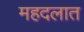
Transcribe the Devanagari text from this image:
महदलात